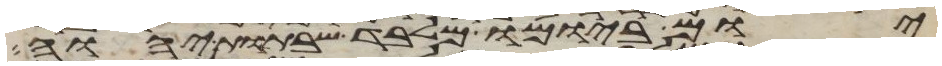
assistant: יום ביומו מלבד שבתות יהוה